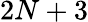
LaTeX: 2N+3